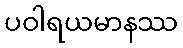
ပဝါရယမာနဿ